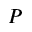
P